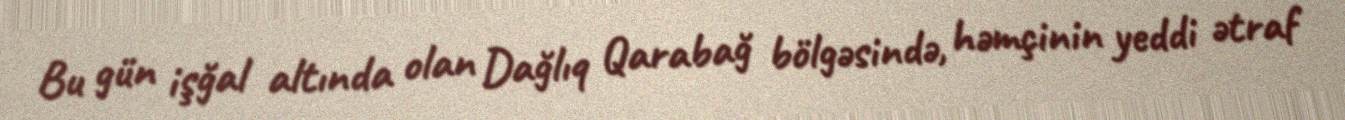
Bu gün işğal altında olan Dağlıq Qarabağ bölgəsində, həmçinin yeddi ətraf